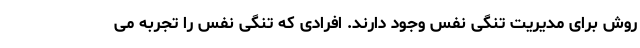
روش برای مدیریت تنگی نفس وجود دارند. افرادی که تنگی نفس را تجربه می